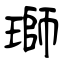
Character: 瑡